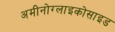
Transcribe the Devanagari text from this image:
अमीनोग्लाइकोसाइड